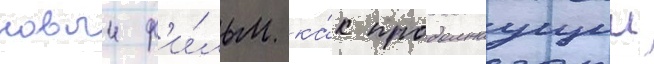
новыи ф'и́льм ка́к продолжаущии